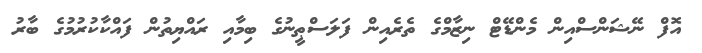
އޮފް ނޭޝަންސްއިން މެންޑޭޓް ނިޒާމްގެ ތެރެއިން ފަލަސްޠީނުގެ ބިމާއި ރައްޔިތުން ފައްކާކުރުމުގެ ބާރު